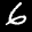
Label: 6